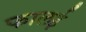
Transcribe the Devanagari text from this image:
फालई